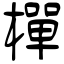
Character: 樿